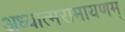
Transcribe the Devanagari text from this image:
अध्यात्मरामायणम्